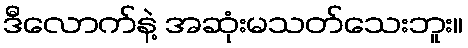
ဒီလောက်နဲ့ အဆုံးမသတ်သေးဘူး။